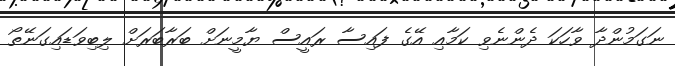
ނަގަމުންދާ ވާހަކަ ދެންނެވި ކަމާއި އޭގެ ފައިސާ ރައީސް ޔާމީނަށް ބަރާބަރަށް ލިބިވަޑައިގަނޭތޯ